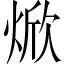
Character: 焮